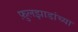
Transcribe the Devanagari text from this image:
फ़ुलझाडांच्या